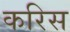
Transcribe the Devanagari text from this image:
करिस